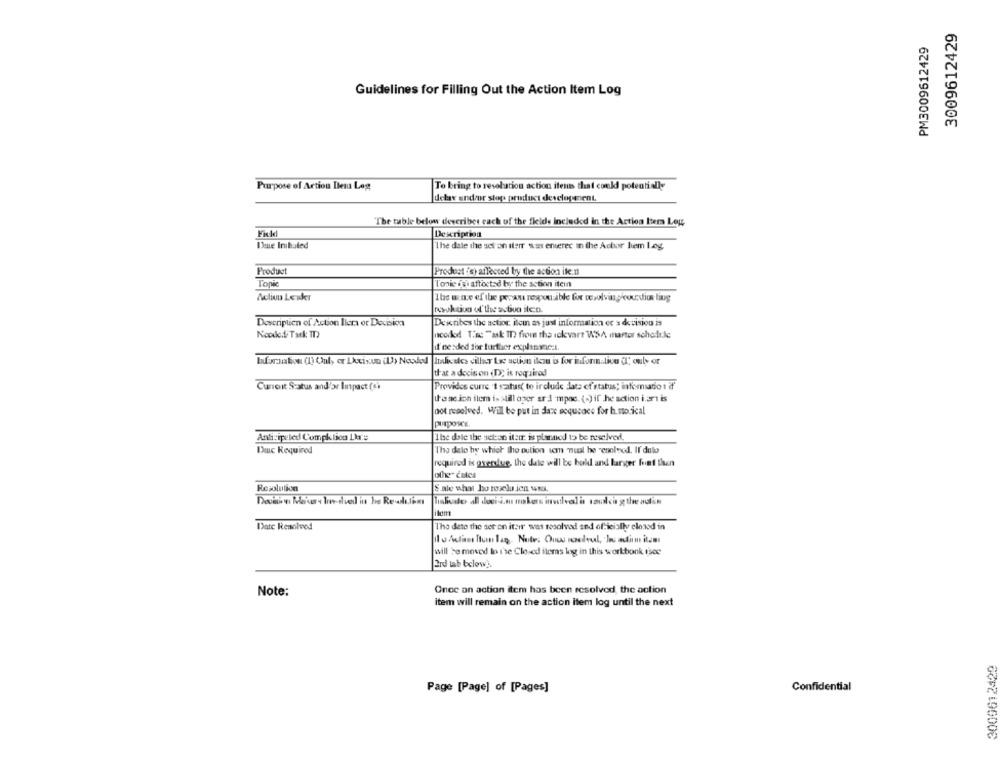
3009612429
PM3009612429
Guidelines for Filling Out the Action Item Log
Purpose of Action Ilen Log
To bring to resolution action items that could potentially
delav and/or stop product development.
"The table below deveribes each of the fields included in the Action Items Log
Description
Bene Inihated
The dale the act on ileir was entered in the Achor hem Log
Produst
Prodest ich affected by the action ike.n
Topic
Tonie in affected by the action itein
Achiun Leader
Ibe une of the pean responsable for resolvingpourdios ling
rosuk tiva of the activa ilen.
Description of Action Ilen or Decision
Describes the action itein as just information er a decision is
Neodod Tark: TT
needed Tise "ask I from the ickevart WSA martor schodi.le
i'mesded for further explanczt.
buformation (1) Only er Ihtixun (U) Nooded |Italiades ciller Las action ilezu is for informatico (I ouly or
that a decision (D; is required
Current Status and/or Impact (A)
Provides curre 't szatus( to include data of status; informado : if
these ion ilem is still oper ar 1-mpae. () if .he action i.art is
not resolved. Will be put in Jax ecqueace for h. mo.ical
purpose.
Anticipated Compktion La.es
[The dale the netso iteur; is planned to be resolved.
Dac Required
The dalo hy which the oution um nul he resolved. Il dalo
required is grersue, the date will be bold and langer funt then
ofher cules
Resolution
S.ale what ho rosedu ien wns.
item
Date Resolved
The dete the see on itsir wat tosolvad and of-kcially cloud in
will be moved to t'se Closed items log in this workbook isog
2rd tab bclow ?.
Note:
Onec an action item has been resolved, the action
item will remain on the action item log until the next
3009612429
Page [Page] of [Pages]
Confidential